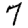
Digit: 7